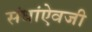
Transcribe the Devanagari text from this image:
संघांऐवजी